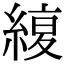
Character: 𦂊